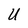
Character: U